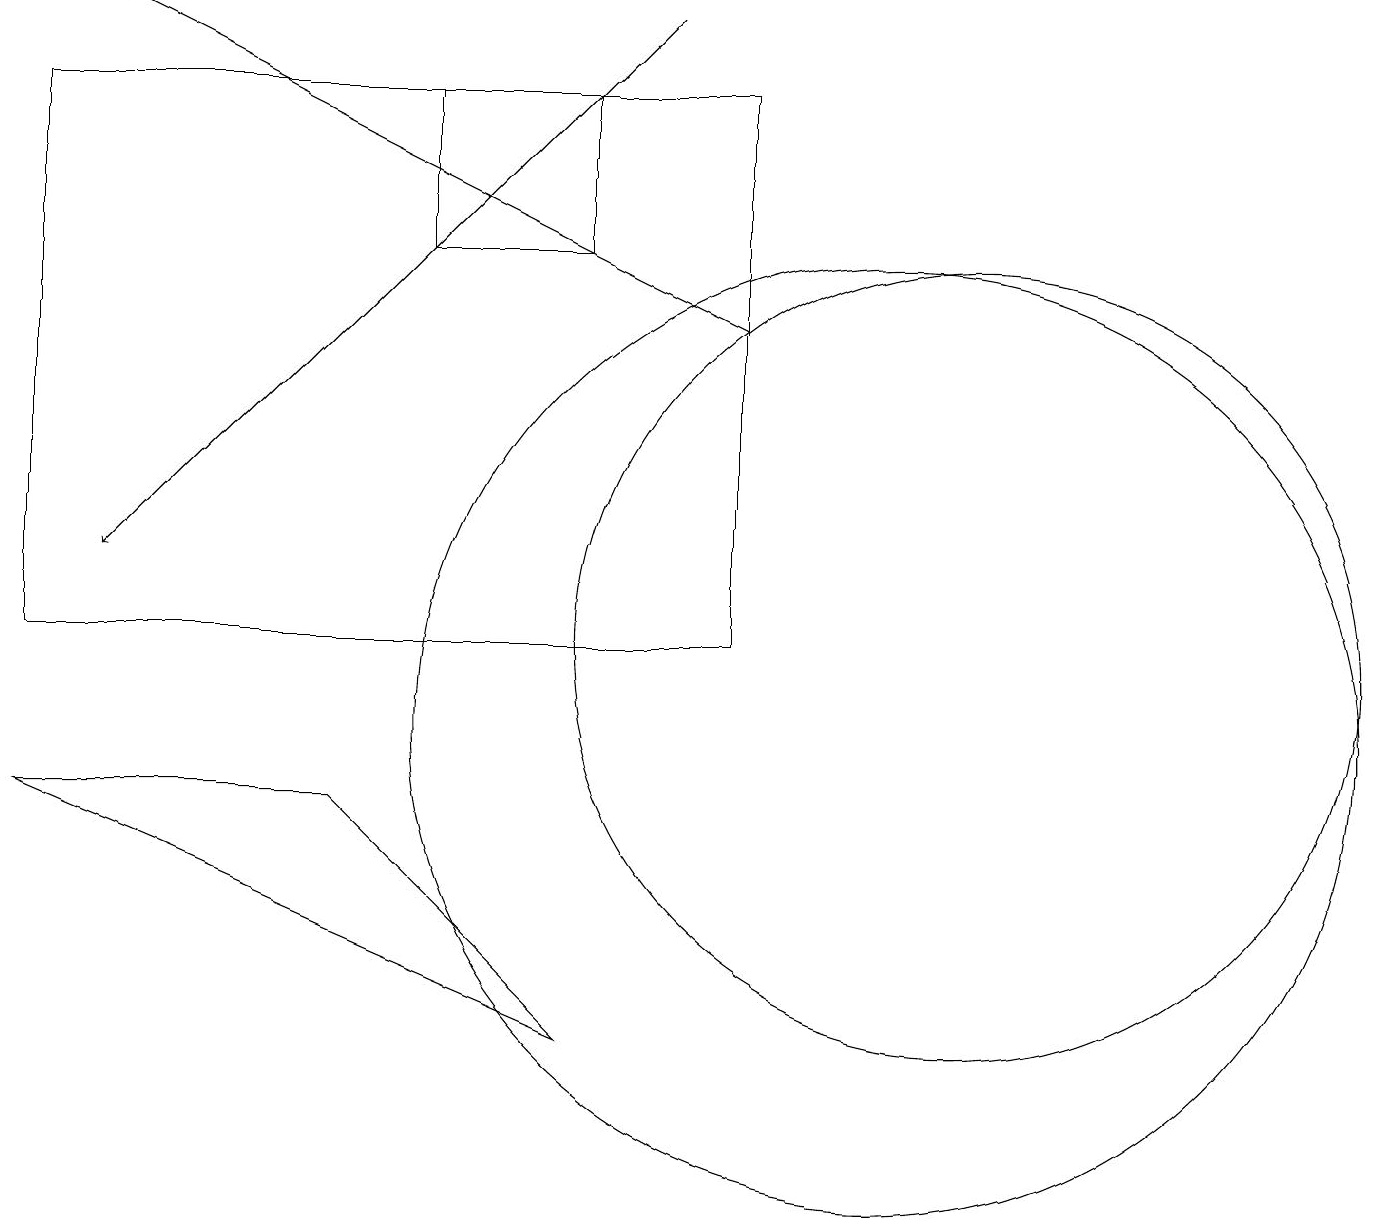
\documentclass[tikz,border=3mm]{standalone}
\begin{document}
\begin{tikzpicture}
\draw (0,11) rectangle (9,18);
\draw (7,16) rectangle (5,18);
\draw (11,10) circle (6);
\draw[->] (8,19) -- (1,12);
\draw[->] (9,15) -- (1,19);
\draw (7,6) -- (0,9) -- (4,9) -- cycle;
\draw (12,11) circle (5);
\draw (11,11) circle (0);
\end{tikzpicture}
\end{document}